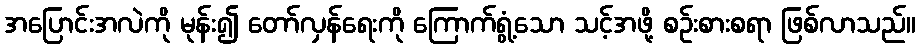
အပြောင်းအလဲကို မုန်း၍ တော်လှန်ရေးကို ကြောက်ရွံ့သော သင့်အဖို့ စဉ်းစားစရာ ဖြစ်လာသည်။